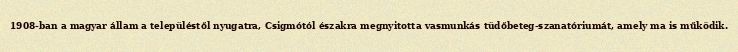
1908-ban a magyar állam a településtől nyugatra, Csigmótól északra megnyitotta vasmunkás tüdőbeteg-szanatóriumát, amely ma is működik.